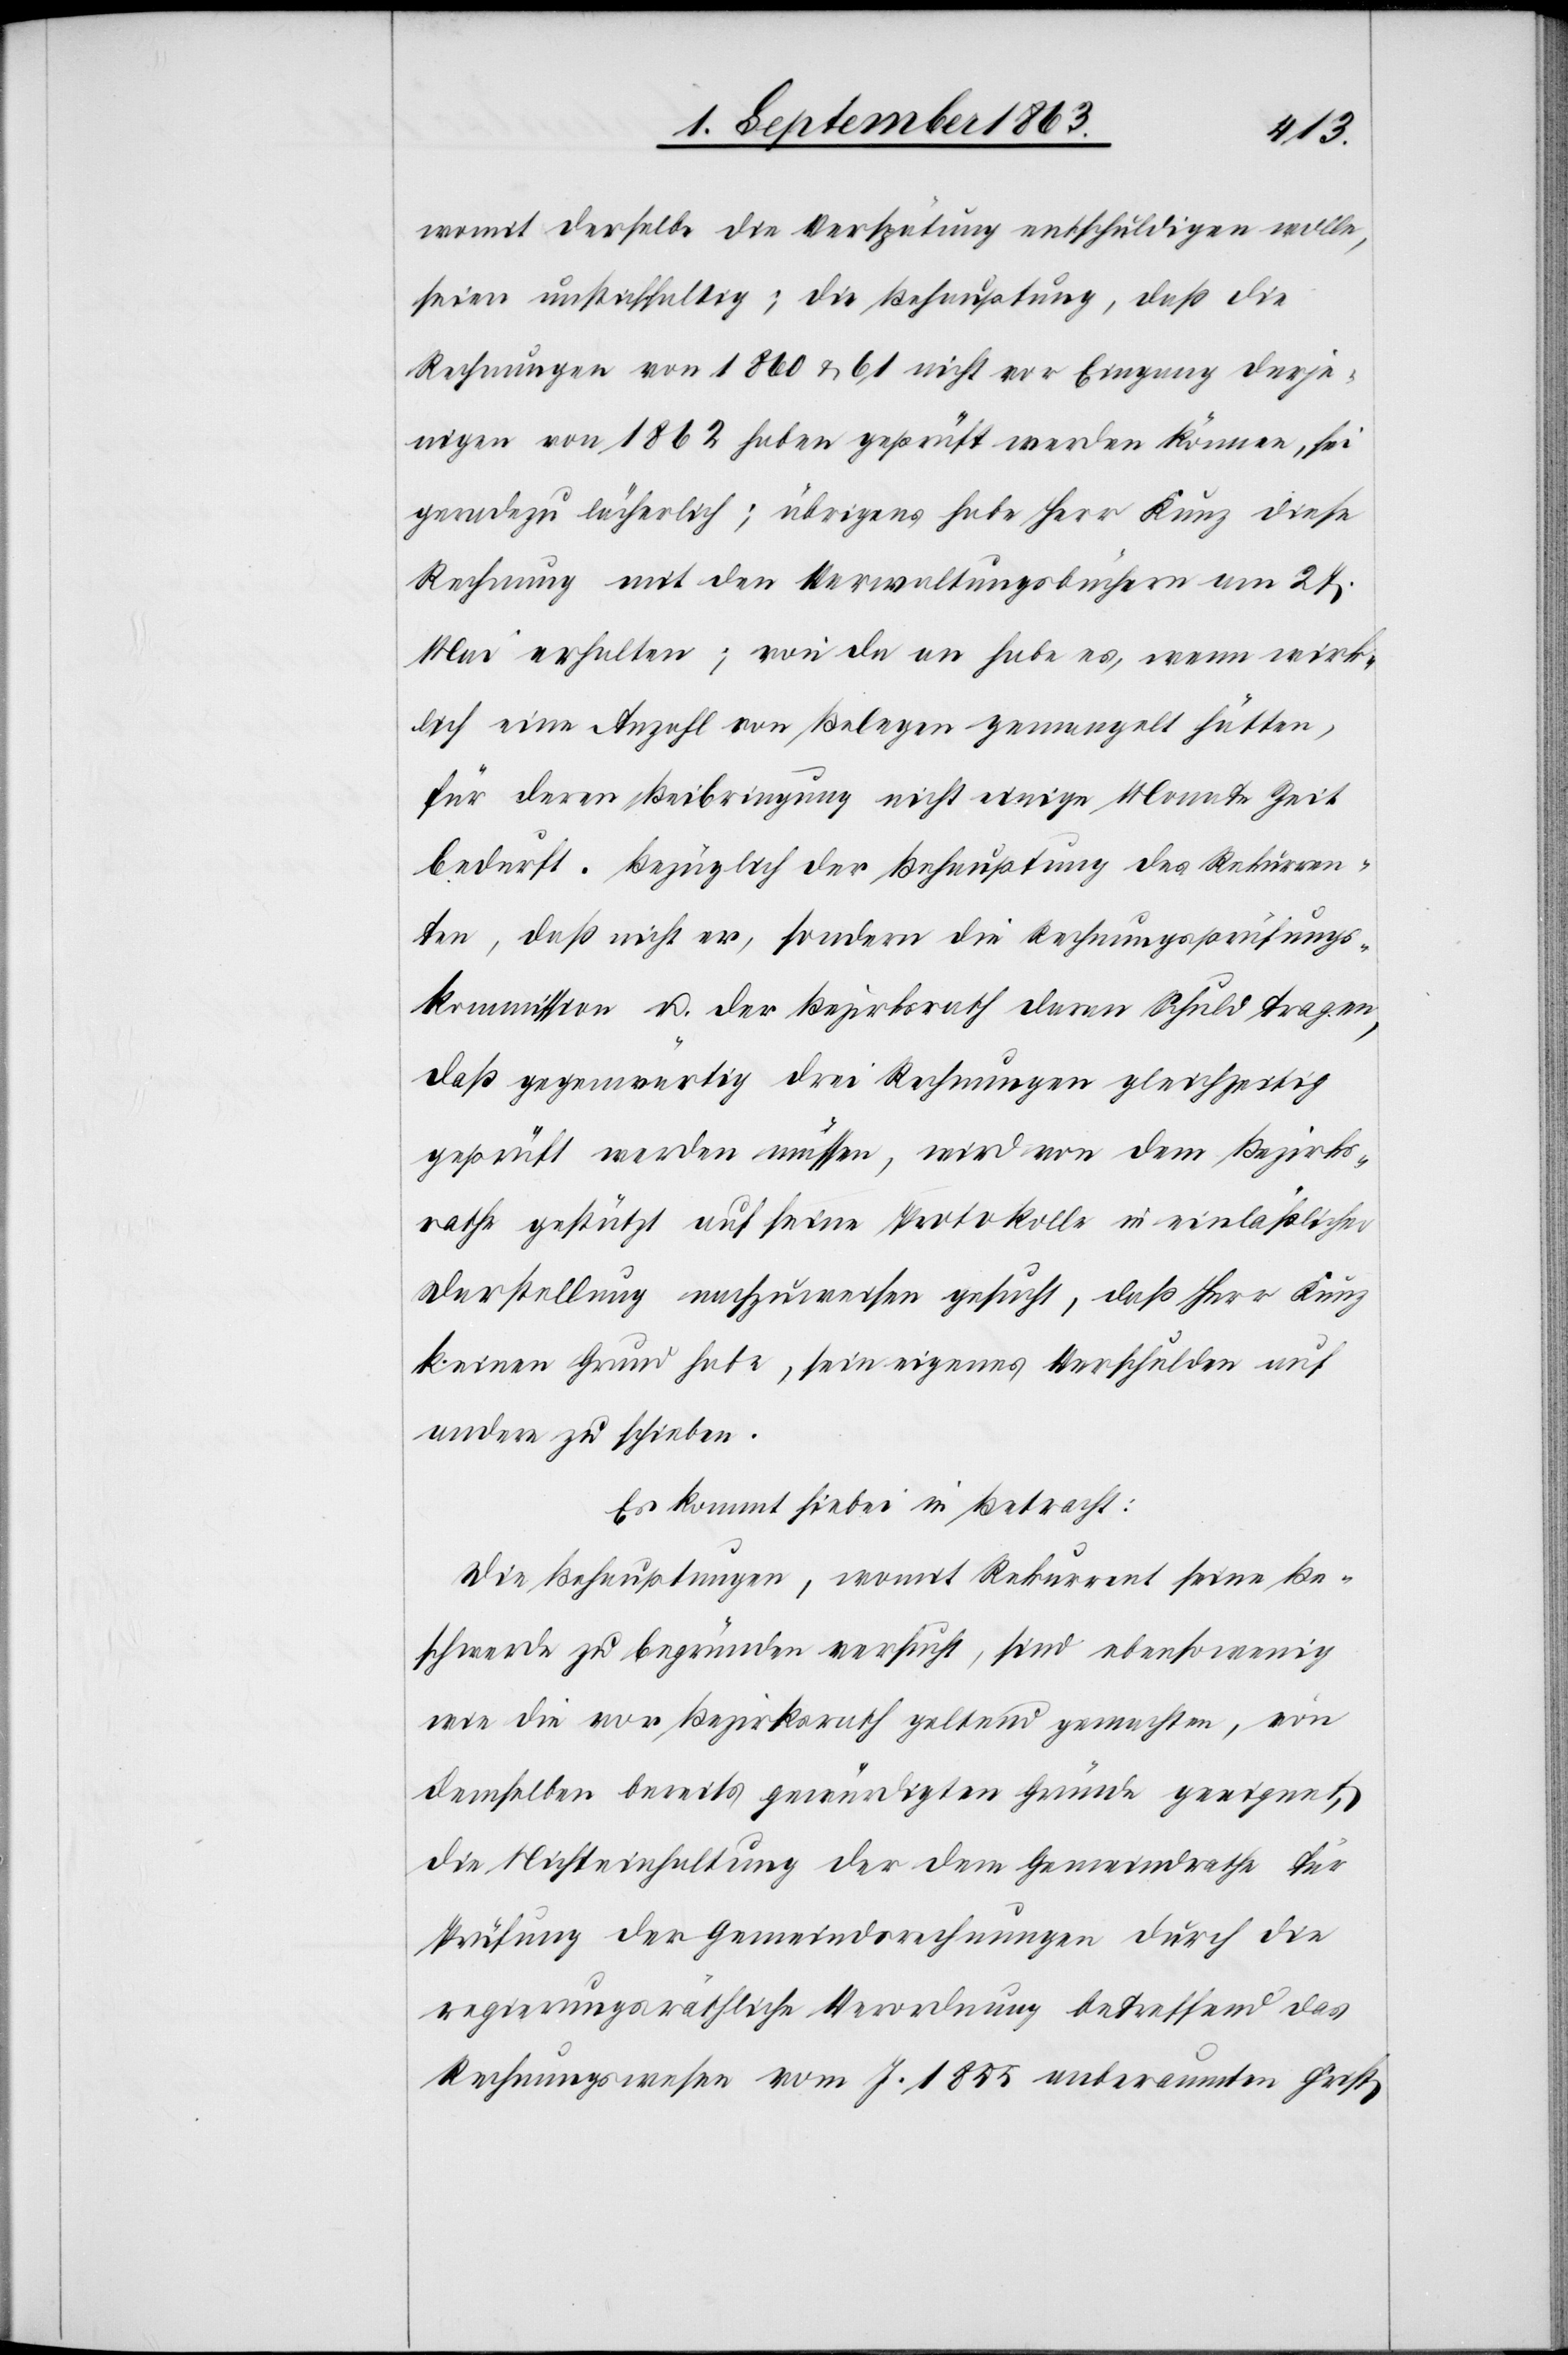
womit derselbe die Verspätung entschuldigen wolle,
seien unstichhaltig; die Behauptung, daß die
Rechnungen von 1860 & 61 nicht vor Eingang derje¬
nigen von 1862 haben geprüft werden können, sei
geradezu lächerlich; übrigens habe Herr Kunz diese
Rechnung mit den Verwaltungsbüchern am 27.
Mai erhalten; von da an habe es, wenn wirk¬
lich eine Anzahl von Belegen gemangelt hätten,
für deren Beibringung nicht einige Monate Zeit
bedurft. Bezüglich der Behauptung des Rekurren¬
ten, daß nicht er, sondern die Rechnungsprüfungs¬
kommission u. der Bezirksrath deren Schuld tragen,
daß gegenwärtig drei Rechnungen gleichzeitig
geprüft werden müssen, wird von dem Bezirks¬
rathe gestützt auf seine Protokolle in einläßlicher
Darstellung nachzuweisen gesucht, daß Herr Kunz
keinen Grund habe, sein eigenes Verschulden auf
andere zu schieben.
Es kommt hiebei in Betracht:
Die Behauptungen, womit Rekurrent seine Be¬
schwerde zu begründen versucht, sind ebensowenig
wie die vor Bezirksrath geltend gemachten, von
demselben bereits gewürdigten Gründe geeignet,
die Nichteinhaltung der dem Gemeindrathe für
Prüfung der Gemeindsrechnungen durch die
regierungsräthliche Verordnung betreffend das
Rechnungswesen vom J. 1855 anberaumten Frist